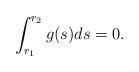
LaTeX: \begin{align*}\int_{r_1}^{r_2}g(s)ds=0.\end{align*}